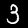
Digit: 3